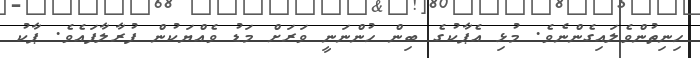
ހިނިތުންވެލައިގެންނެވެ. މުޅި އެޕާކުގެ ބިން ހުންނަނީ ވަރަށް މަޑު ވެއްޔަކުން ފުރާލާފައެވެ. ޕާކު